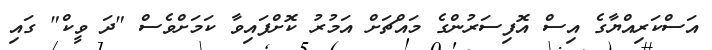
އަސްކަރިއްޔާގެ އިިސް އޮފިސަރުންގެ މައްޗަށް އަމުރު ކޮށްފައިވާ ކަަމަށްވެސް "ދަ ވީކް" ގައި